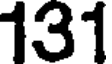
131